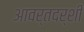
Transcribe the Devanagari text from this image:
आवर्तदर्शी